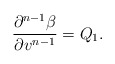
\begin{align*} \frac{\partial^{n-1}\beta}{\partial v^{n-1}}=Q_1.\end{align*}